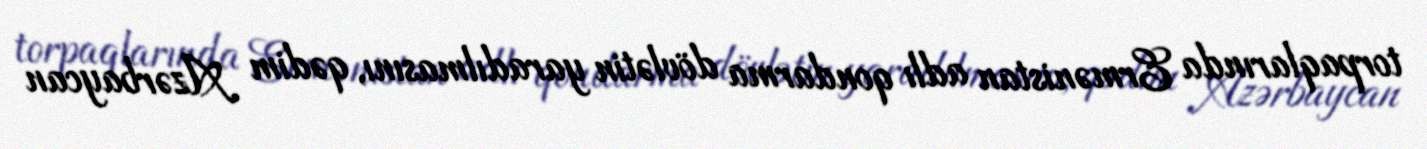
torpaqlarında Ermənistan adlı qondarma dövlətin yaradılmasını, qədim Azərbaycan